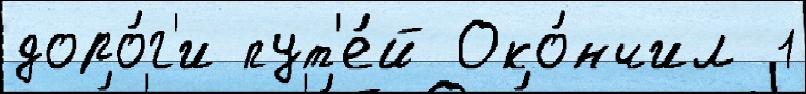
доро́г'и пут'е́й Око́нчил 1